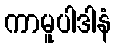
ကာမူပါဒါနံ